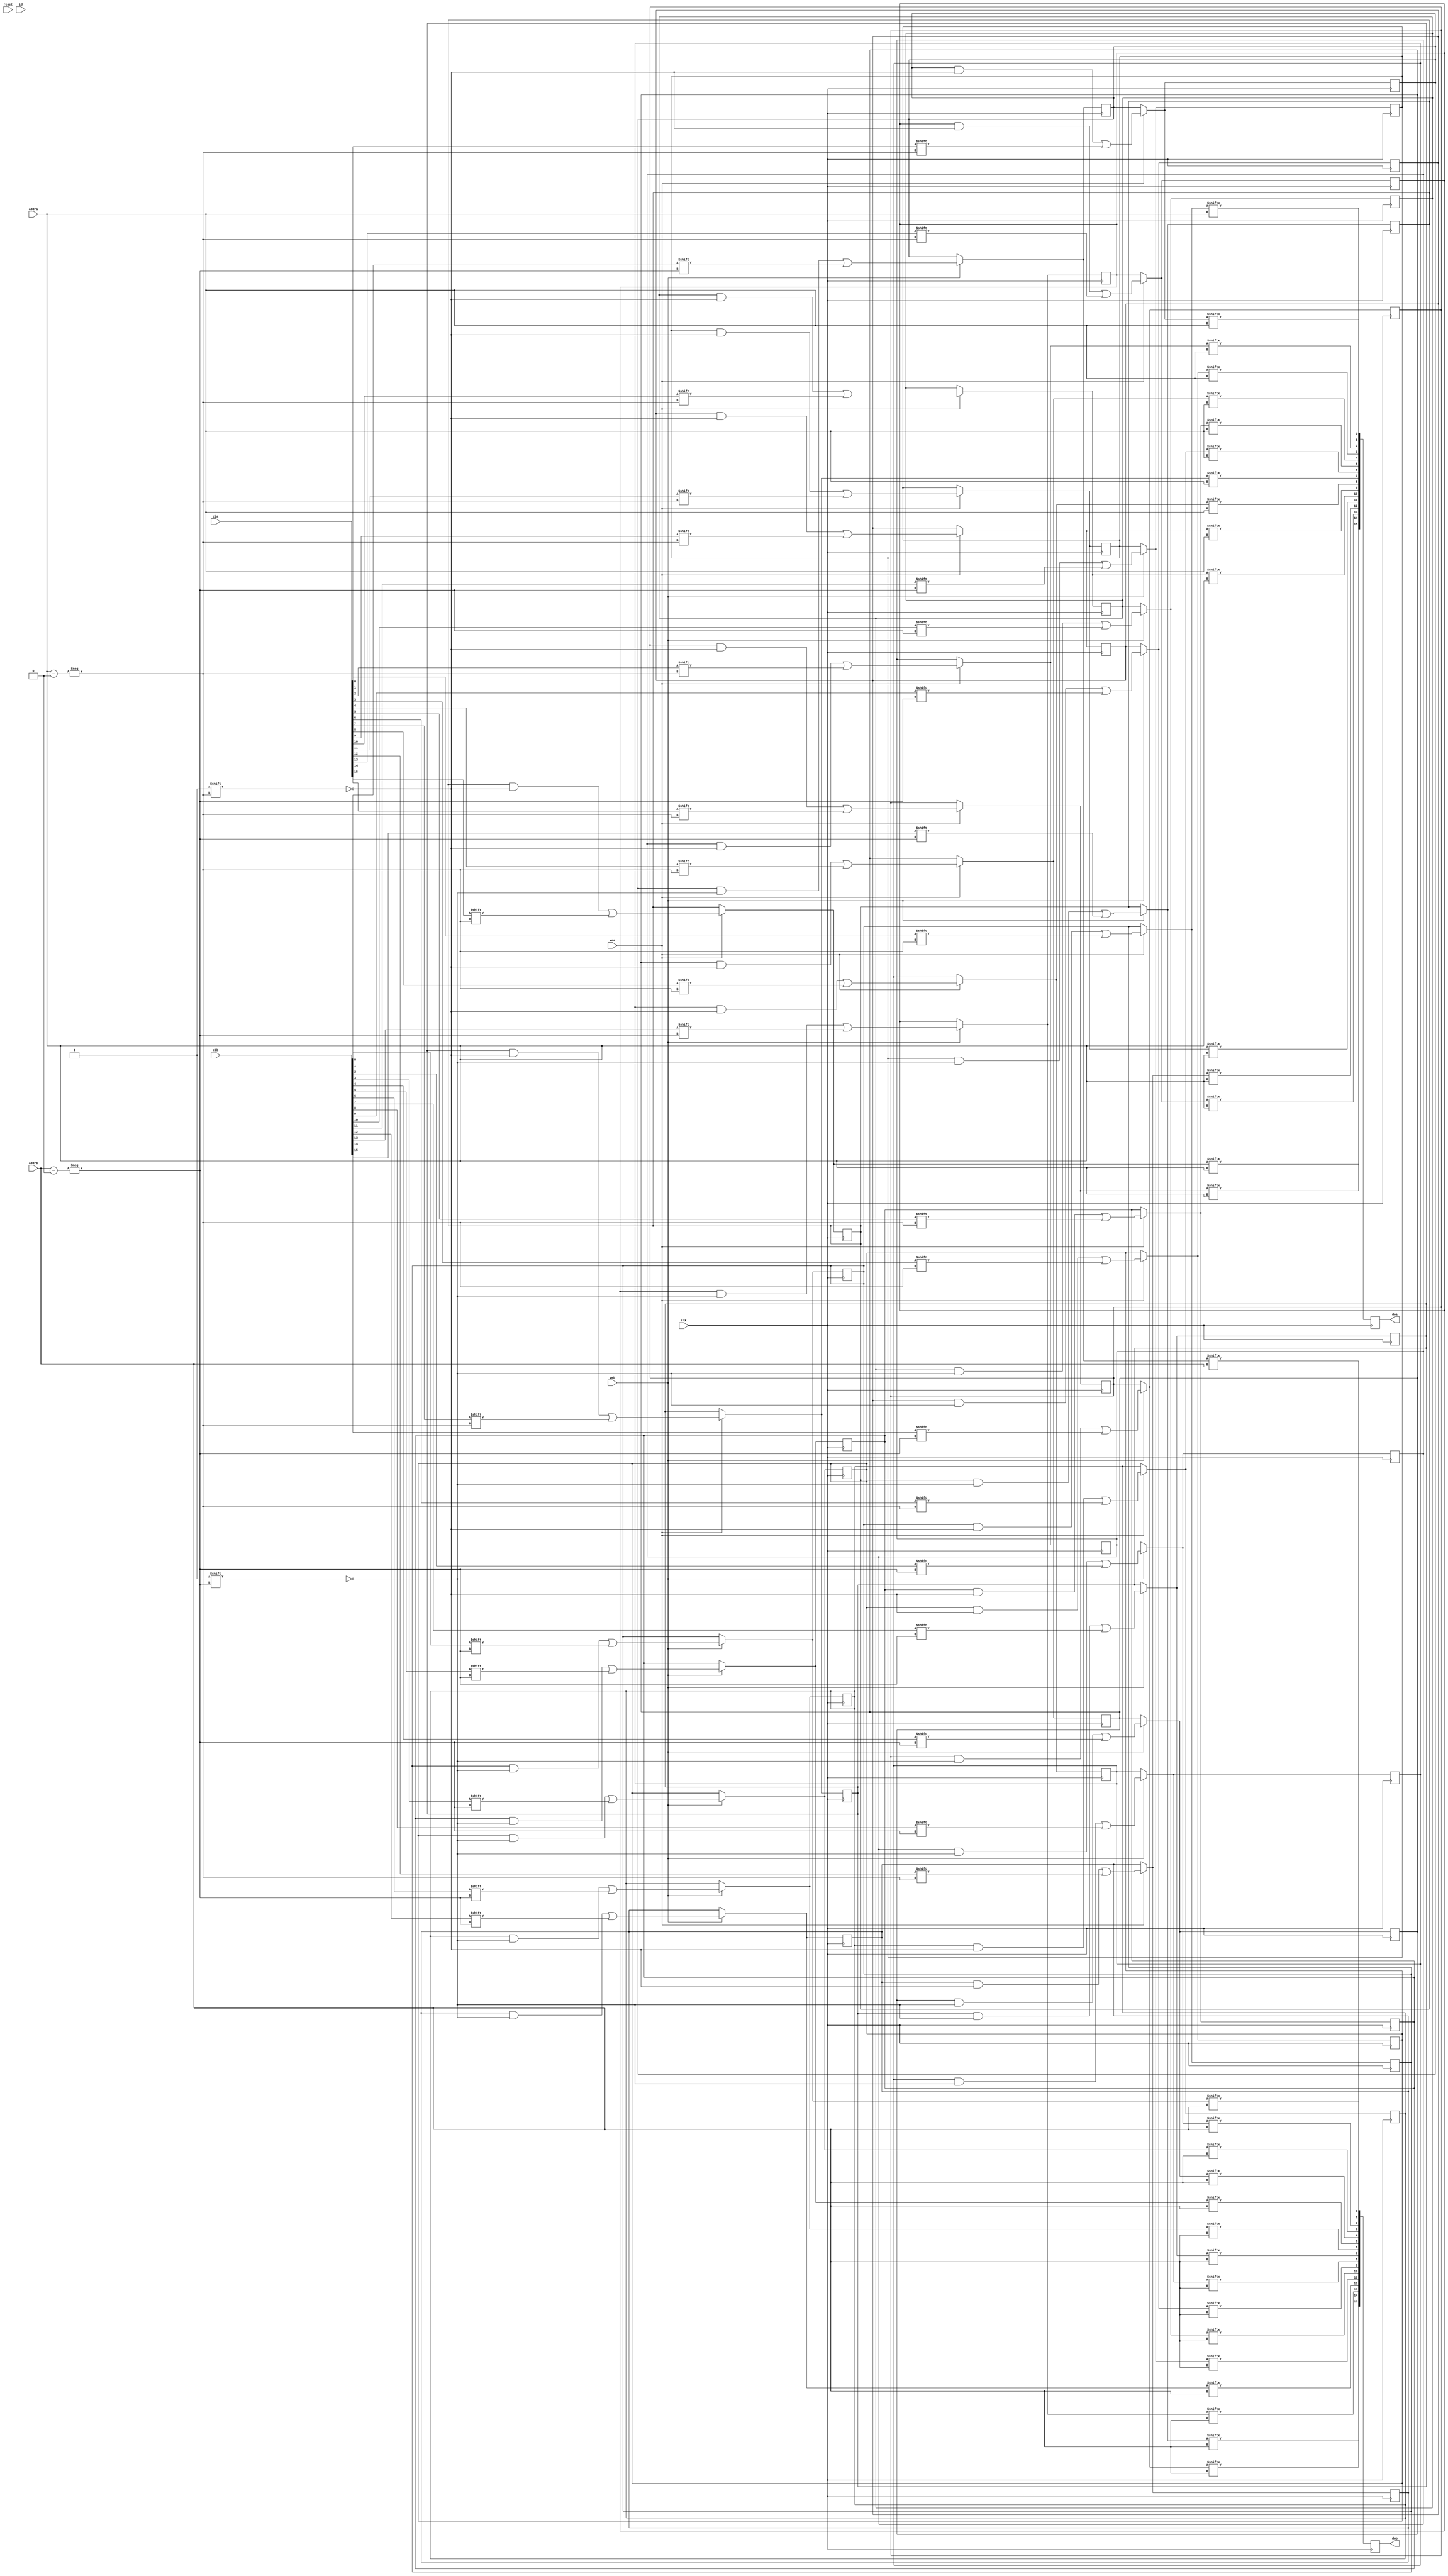
// Simple Dual-Port Block RAM with One Clock
module BRAM  #(parameter SIZE = 5, parameter MAX_WORD_LENGTH = 32, parameter RAM_SIZE = MAX_WORD_LENGTH*32-1)
	(	
		clk,
		reset,
		wea,
		web,
		addra,
		addrb,
		dia,
		dib,
		doa,
		dob,
		id
	);
input clk, reset, wea, web;
input[SIZE-1:0] id;
input [9:0] addra,addrb;
input [15:0] dia, dib;
output reg [15:0] doa,dob;
reg[RAM_SIZE:0] ram[15:0] ;
integer i;

always @(posedge clk) 
begin

	// if(!reset) begin
	
	// for (i=0; i<16; i=i+1) begin
		// ram[i] 	= {18'h0,id,i[3:0],18'h0,id,i[3:0],96'h00000000_00000000_00000000};
	// end
	
	// end
	// else begin
		if (wea) begin
		   for(i=0; i<16; i=i+1) begin
			   ram[i][addra] = dia[i];
		   end
		end
		
		for(i=0; i<16; i=i+1) begin
		   doa[i] = ram[i][addra];
		end
	// end
end
always @(posedge clk) 
begin  
	if (web) begin
	   for(i=0; i<16; i=i+1) begin
	       ram[i][addrb] = dib[i];
	   end
	end
    for(i=0; i<16; i=i+1) begin
	   dob[i] = ram[i][addrb];
	end 
end

endmodule